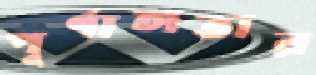
পূর্ণাঙ্গতার